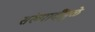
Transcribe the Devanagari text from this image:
संख्यादींमुळे